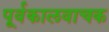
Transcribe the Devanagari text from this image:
पूर्वकालवाचक